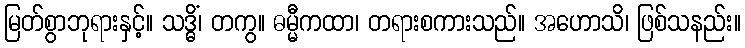
မြတ်စွာဘုရားနှင့်။ သဒ္ဓိံ၊ တကွ။ ဓမ္မီကထာ၊ တရားစကားသည်။ အဟောသိ၊ ဖြစ်သနည်း။